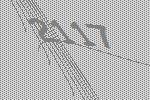
2117